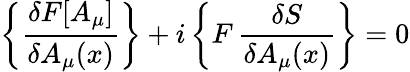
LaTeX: \left\{ {\frac{\delta F[A_{\mu}]}{\delta A_{\mu}(x)}}\right\} +i\left\{ F\, {\frac{\delta S}{\delta A_{\mu}(x)}}\right\} =0